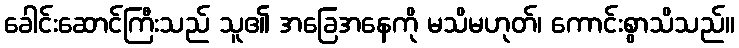
ခေါင်းဆောင်ကြီးသည် သူ၏ အခြေအနေကို မသိမဟုတ်၊ ကောင်းစွာသိသည်။